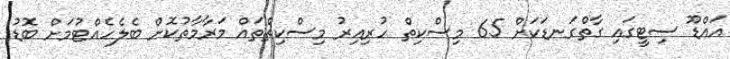
އައްޑޫ ސިޓީގައި ގާތްގަނޑަކަށް 65 މިސްކިތް ހުރިއިރު މިސްކިތްތައް މަރާމާތުކޮށް ބެލެހެއްޓުމަށް ބޮޑު